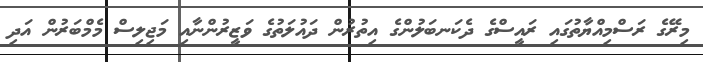
މިރޭގެ ރަސްމިއްޔާތުގައި ރައީސްގެ ދެކަނބަލުންގެ އިތުރުން ދައުލަތުގެ ވަޒީރުންނާއި މަޖިލިސް މެމްބަރުން އަދި